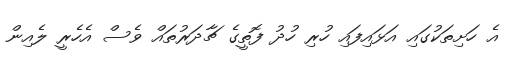
އެ ހަށިތަކުގައި އަޅައިފައި ހުރި ހުދު ފޮތީގެ ޗާދަރުތައް ވެސް އެހެރީ ލެއިން